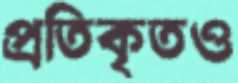
প্রতিকৃতও